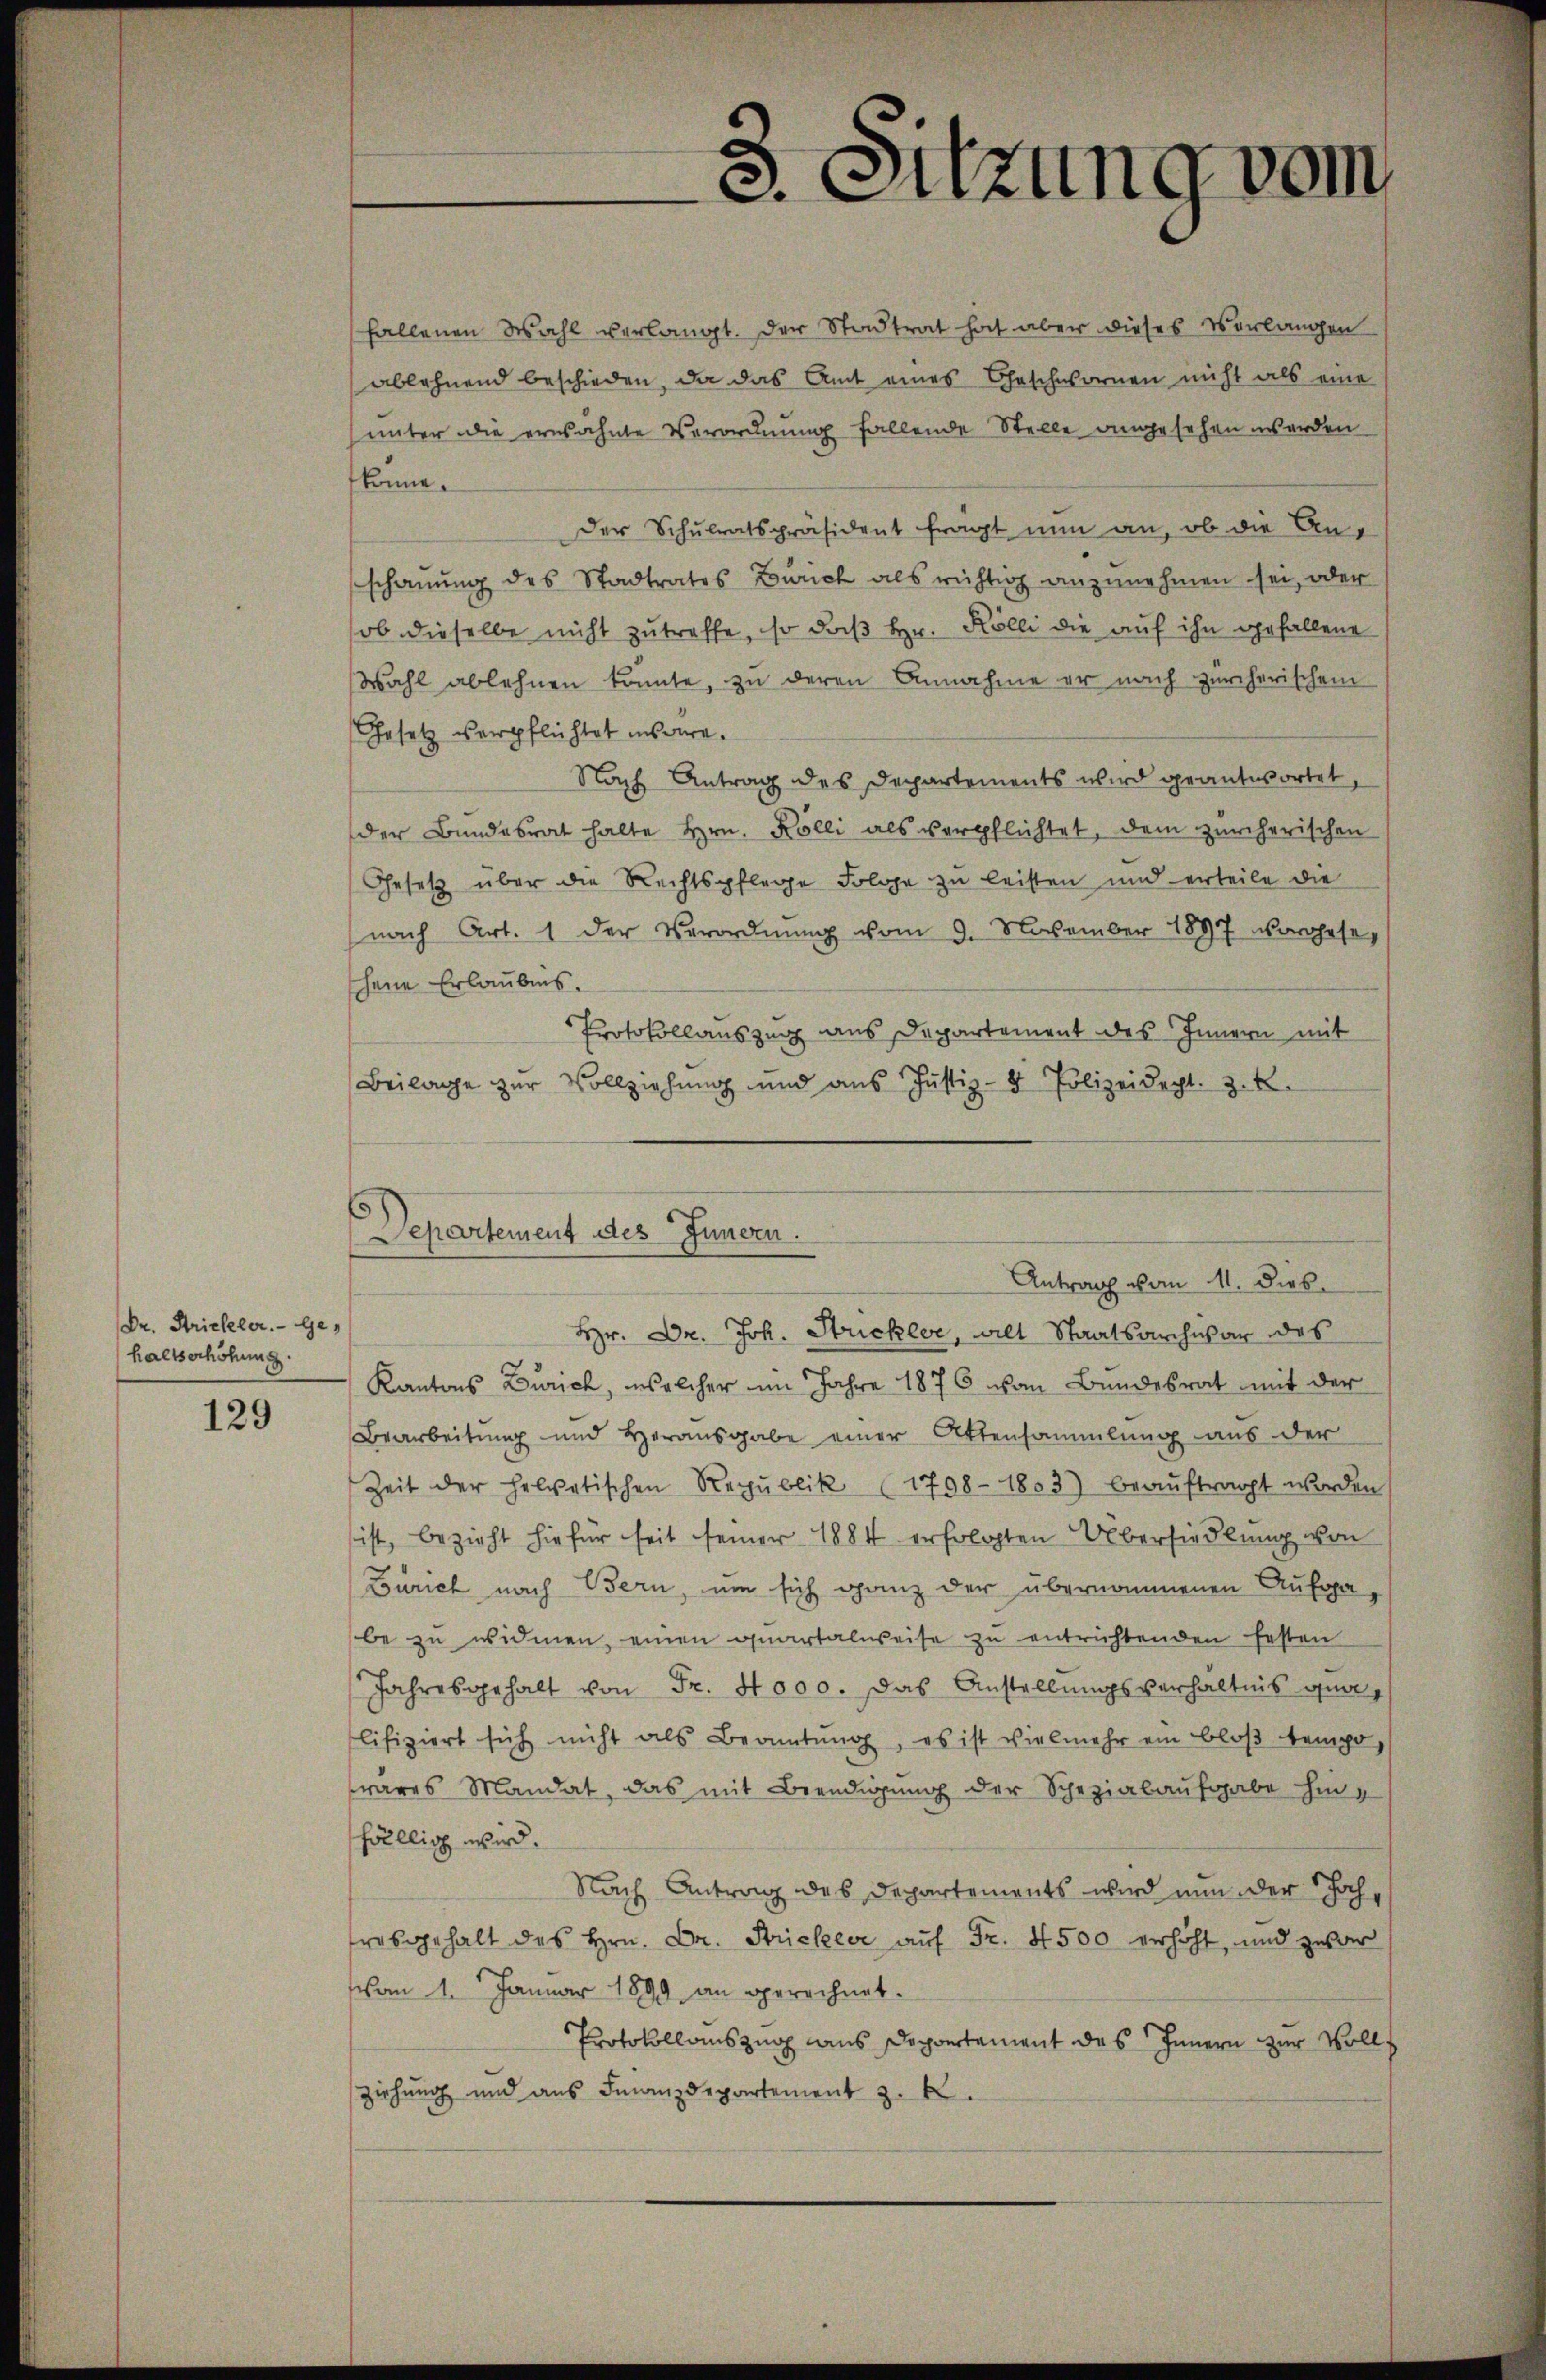
Dr. Strickeler. - Gehaltserhöhung.

129

Departement des Innern.

3. Sitzung vom

fallenen Wahl verlangt. Der Stadtrat hat aber dieses Verlangen
ablehnend beschieden, da das Amt eines Geschwornen nicht als eine
unter die erwähnte Verordnung fallende Stelle angesehen werden
könne.
Der Schulratspräsident frägt nun an, ob die Anschauung des Stadtrates Zürich als richtig anzunehmen sei, oder
ob dieselbe nicht zutreffe, so daß Hr. Kölli die auf ihn gefallene
Wahl ablehnen könnte, zu deren Annahme er nach zürcherischem
Gesetz verpflichtet ins vere¬
Nach Antrag des Departements wird geantwortet,
der Bundesrat halte Hrn. Kolli als verpflichtet, dem zürcherischen
Gesetz über die Rechtspflege Folge zu leisten und erteile die
(nach Art. 1 der Verordnung vom 9. November 1897 vorgese,
schene Erlaubnis.
Protokollauszug aus Departement des Innern mit
Beilage zur Vollziehung und aus Justiz- & Polizeidecht. Z. 2
Antrag vom 11. Dies
Hr. Dr. Joh. Strickler, all Staatsarchwar des
Kantons Zürich, welcher im Jahre 1876 von Bundesrat mit der
Bearbeitung und Herausgabe einer Attensammlung aus der
Zeit der helvetischen Republik (1798 - 1803) beaŭftragt worden
ist, bezieht hiefür seit seiner 1884 erfolgten Übersiedlung von
Zürich nach Bern, um sich ganz der übernommenen Aufga-
be zu widmen, einen quartalweise zu entrichtenden festen
Jahresgehalt von Fr. 4000. Das Anstellungsverhältnis qualifiziert sich nicht als Beamtŭng, es ist vielmehr ein bloβ tempo,
ares Mandat, das mit Beendigung der Schezialaufgabe hinfällig wird.
Nach Antrag des Departements wird nun der Schochrabgehalt des Hrn. Dr. Stricker auf Fr. 4500 verhöht, und zwar
vom 1. Januar 1899 an gerechnet.
Protokollauszug aus Depontement des Innern zur Vollziehung und aus Finanzdepartement z. B.